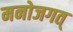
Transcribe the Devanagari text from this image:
मनोजगत्